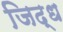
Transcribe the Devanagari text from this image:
जिद्ध